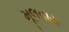
મૂલવાય